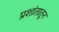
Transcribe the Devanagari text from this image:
प्रशांतातून